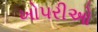
ખોપરીઓ